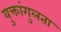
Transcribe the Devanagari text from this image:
युक्तांगुलता